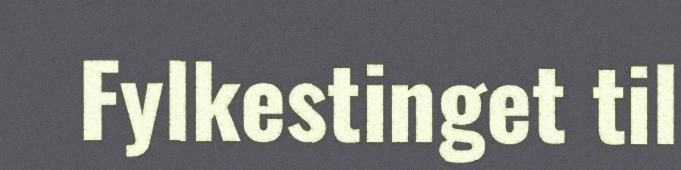
Fylkestinget til